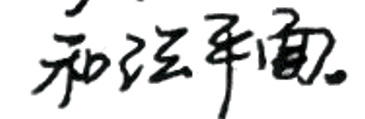
和法平面